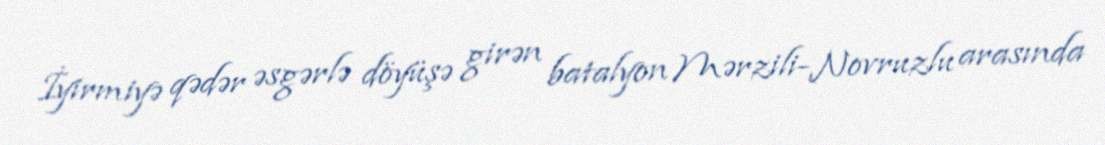
İyirmiyə qədər əsgərlə döyüşə girən batalyon Mərzili-Novruzlu arasında